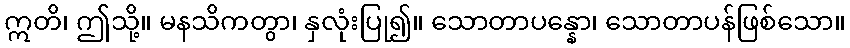
ဣတိ၊ ဤသို့။ မနသိကတွာ၊ နှလုံးပြု၍။ သောတာပန္နော၊ သောတာပန်ဖြစ်သော။